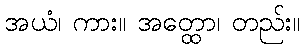
အယံ၊ ကား။ အတ္ထော၊ တည်း။